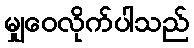
မျှဝေလိုက်ပါသည်